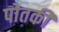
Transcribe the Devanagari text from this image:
पोतकी